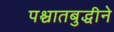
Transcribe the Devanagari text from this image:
पश्चातबुद्धीने